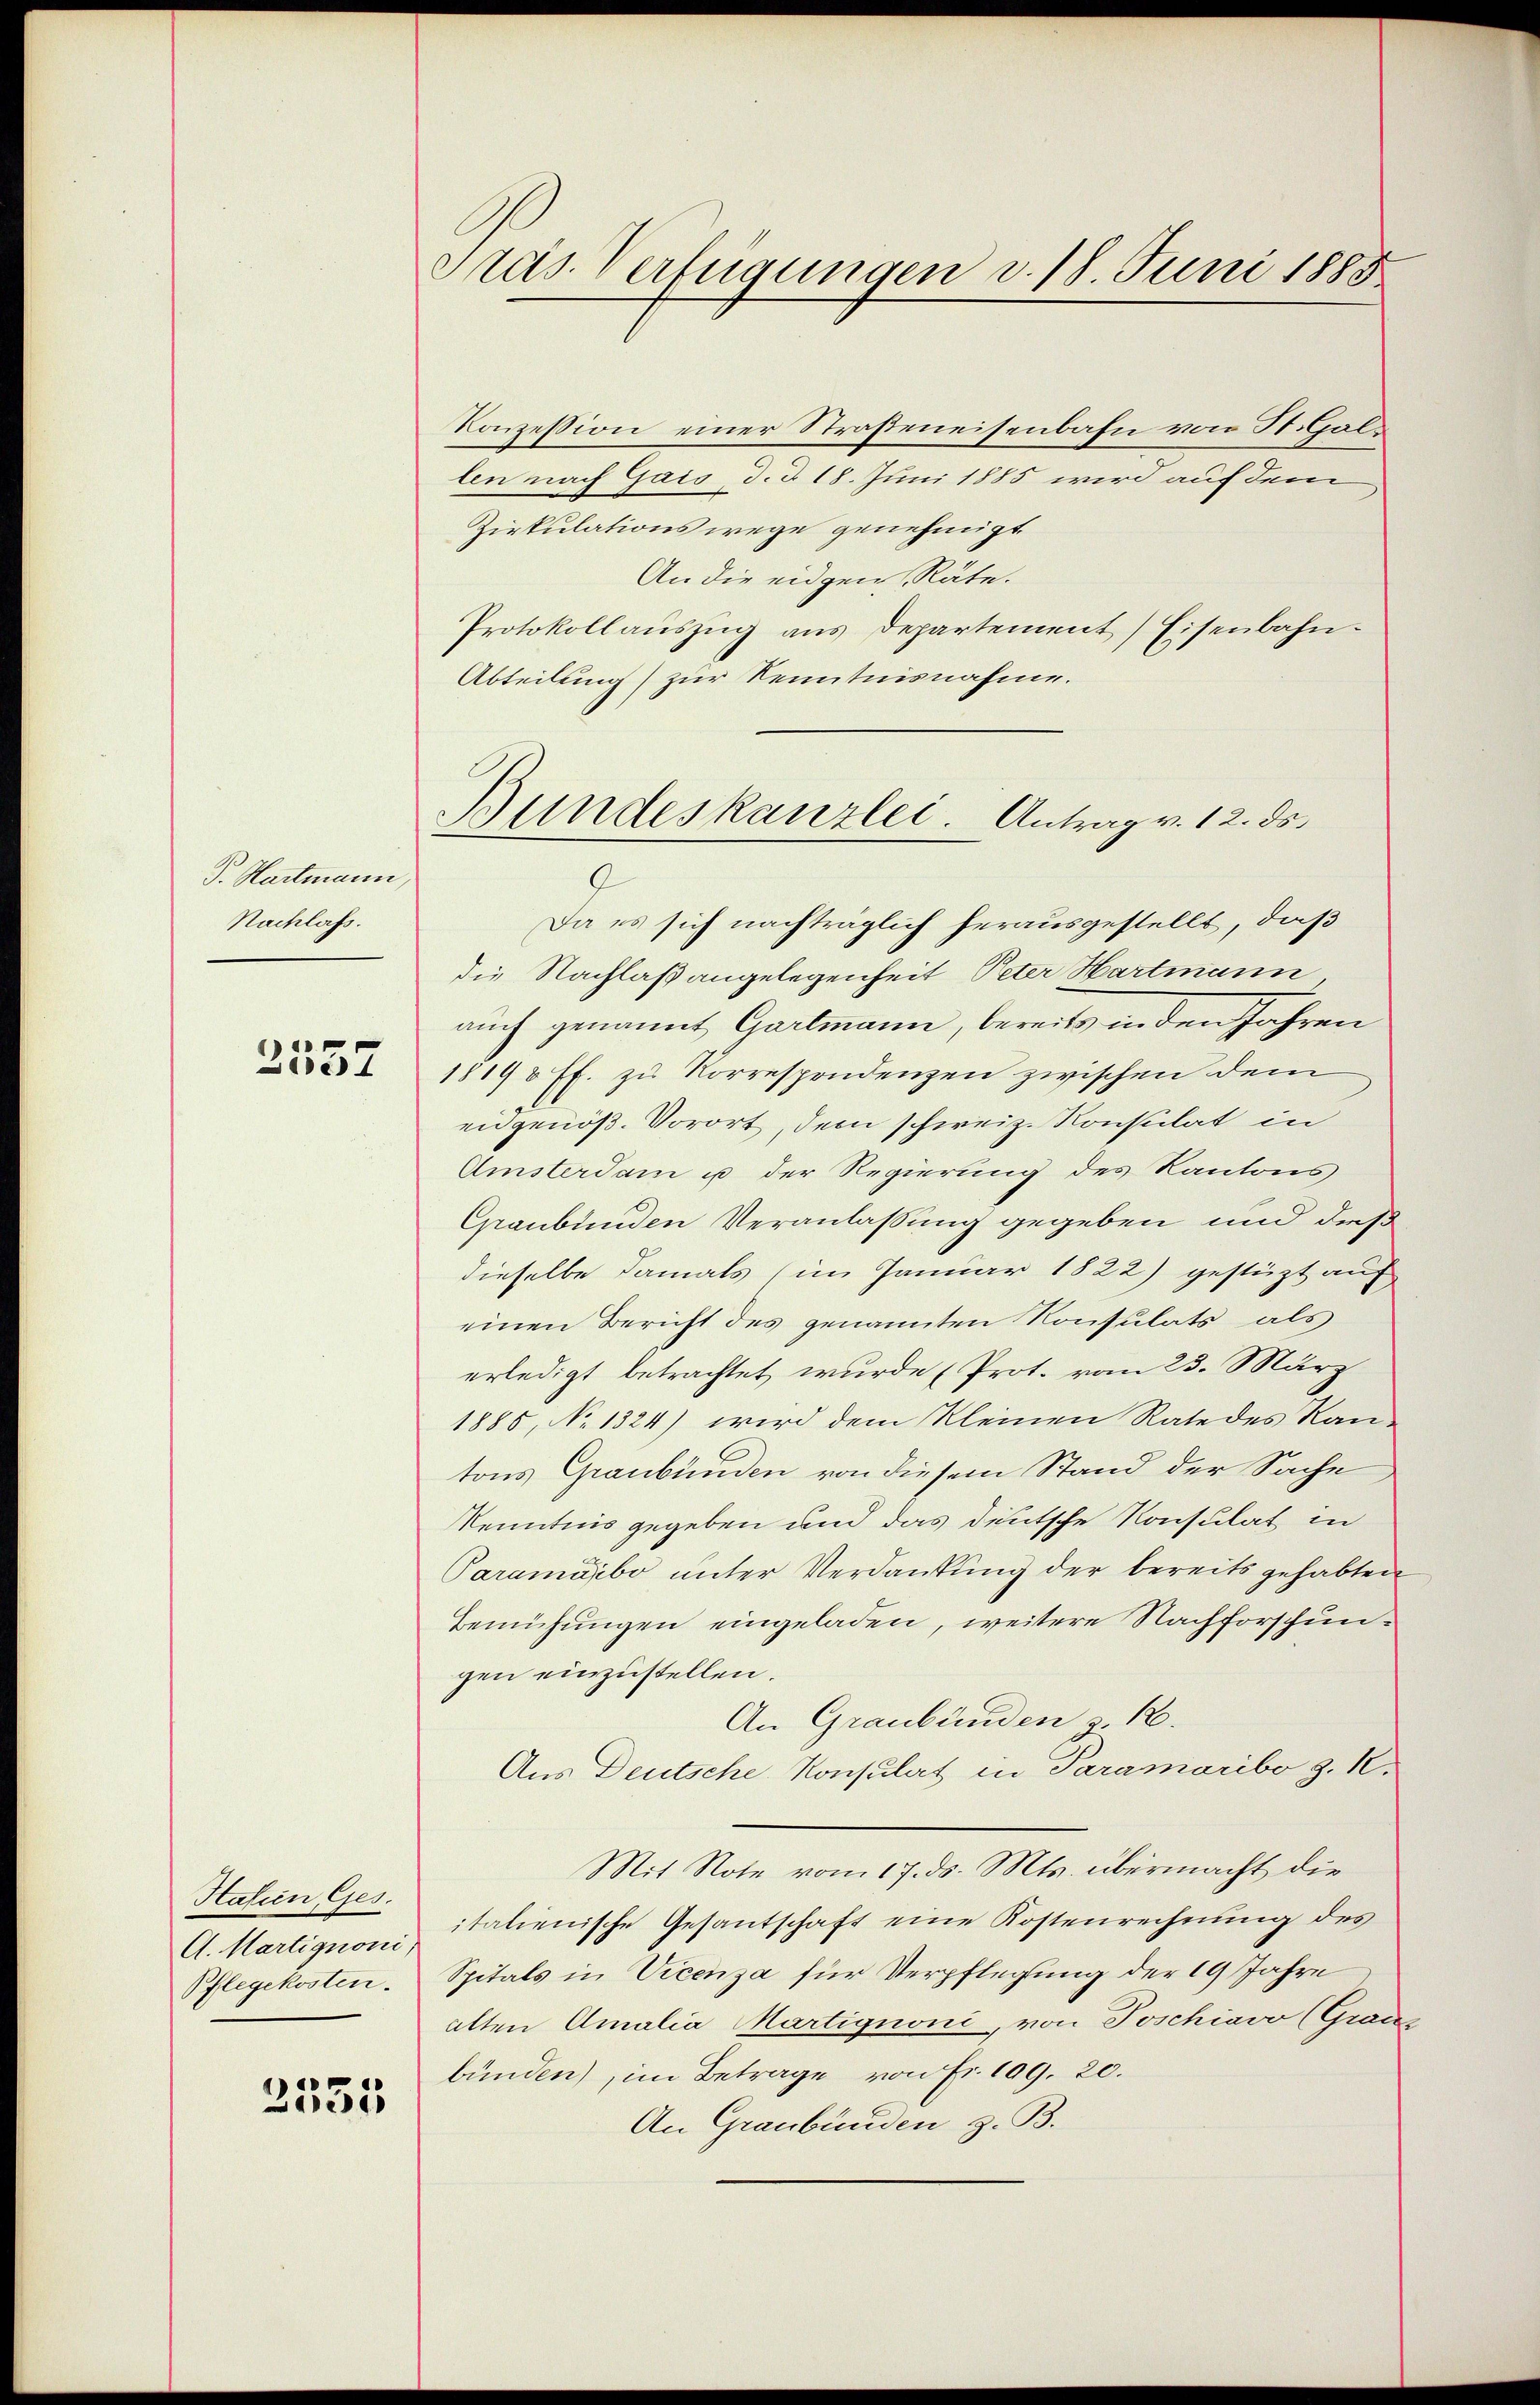
V. Hartmann,
Nachlass.

Zee

Halien Ges.
A. Martignoni
Pflegekosten.

1
15

Präs. Verfügungen d. 18. Juni 1885.

Konzession einer Straßeneisenbahn von St. Gallen nach Gais, d. d. 18. Juni 1885 wird auf dem
Zirkulations wege genehmigt.
An die eidgen Räte.
Protokollaŭszŭg ans Departement) Eisenbahn¬
Abteilung zur Kenntnisnahme.
Da es sich nachträglich herausgestellt, daß
die Nachlaßangelegenheit, Peter Hartmann
auch genannt Gartmann, bereits in den Jahren
18198 ff. zu Korrespondenzen zwischen dem
eidgenöß. Vorort, dem schweiz. Konsulat in
Amsterdam u der Regierung des Kantons
Graubünden Veranlassung gegeben und daß
dieselbe damals (im Januar 1822) gestüzt auf
einen Bericht des genannten Konsulats als
erledigt betrachtet wurde (Prot. vom 23. März
1885, No 1324) wird dem kleinen Rate des Ran
tons Graubünden von diesem Stand der Sache
Kenntnis gegeben und das deutsche Konsulat in
Paramaibo unter Verdankung der bereits gehabten
Bemühungen eingeladen, weitere Nachforschungen einzustellen.
An Graubünden z. R.
Aus Deutsche Konsulat in Paramaribo z. 10.
Mit Note vom 17. ds. Mts. übermacht die
italienische Gesantschaft eine Kostenrechnung des
Spitals in Vicenza für Verpflegung der 19 Jahre
alten Amalia Martignoni, von Joschiavo (Grauz
bünden), im Betrage von Fr. 109. 20.
An Graubünden z. B.

Bundeskanzlei. Antrag v. 12. ds.